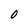
Character: 0